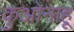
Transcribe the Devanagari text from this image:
कुओनाहू